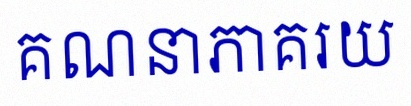
គណនាភាគរយ